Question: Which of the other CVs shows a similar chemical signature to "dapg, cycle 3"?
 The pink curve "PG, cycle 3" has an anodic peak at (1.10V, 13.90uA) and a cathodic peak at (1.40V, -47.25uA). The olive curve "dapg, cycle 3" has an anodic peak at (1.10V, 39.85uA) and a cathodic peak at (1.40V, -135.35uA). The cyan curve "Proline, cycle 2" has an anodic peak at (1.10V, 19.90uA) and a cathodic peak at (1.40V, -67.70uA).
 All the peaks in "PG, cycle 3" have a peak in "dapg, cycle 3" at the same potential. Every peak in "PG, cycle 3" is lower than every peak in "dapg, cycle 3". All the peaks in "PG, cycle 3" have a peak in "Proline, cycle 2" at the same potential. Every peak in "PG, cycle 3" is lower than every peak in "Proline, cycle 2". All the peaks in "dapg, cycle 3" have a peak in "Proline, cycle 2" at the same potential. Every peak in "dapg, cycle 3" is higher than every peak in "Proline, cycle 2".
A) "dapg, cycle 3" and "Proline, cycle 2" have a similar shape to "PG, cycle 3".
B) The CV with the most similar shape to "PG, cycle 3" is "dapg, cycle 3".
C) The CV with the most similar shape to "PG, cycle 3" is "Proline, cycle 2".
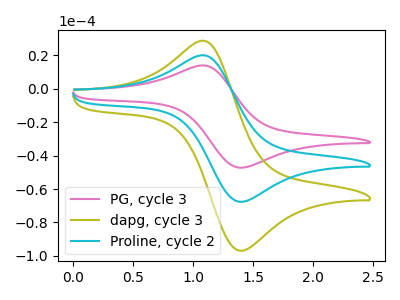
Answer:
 <answer>A) "dapg, cycle 3" and "Proline, cycle 2" have a similar shape to "PG, cycle 3".</answer>
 <eval>A</eval>